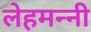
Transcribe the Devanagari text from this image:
लेहमन्नी